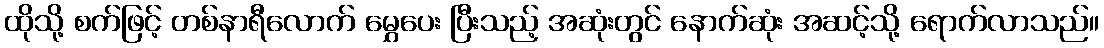
ထိုသို့ စက်ဖြင့် တစ်နာရီလောက် မွှေပေး ပြီးသည့် အဆုံးတွင် နောက်ဆုံး အဆင့်သို့ ရောက်လာသည်။